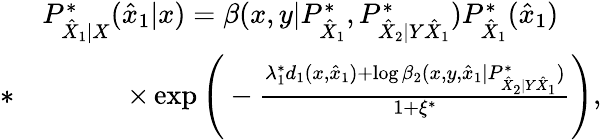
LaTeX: \begin{array}{rl}&{P_{\hat{X}_{1}|X}^{*}(\hat{x}_{1}|x)=\beta(x,y|P_{\hat{X}_{1}}^{*},P_{\hat{X}_{2}|Y\hat{X}_{1}}^{*})P_{\hat{X}_{1}}^{*}(\hat{x}_{1})}\\ {*}&{\qquad\quad\times\exp\Bigg(-\frac{\lambda_{1}^{*}d_{1}(x,\hat{x}_{1})+\log\beta_{2}(x,y,\hat{x}_{1}|P_{\hat{X}_{2}|Y\hat{X}_{1}}^{*})}{1+\xi^{*}}\Bigg),}\end{array}